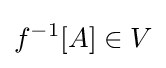
f^{-1}[A]\in V